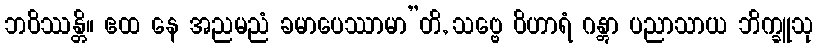
ဘဝိဿန္တိ။ ဧထ နေ အညမညံ ခမာပေဿာမာ”တိ, သဗ္ဗေ ဝိဟာရံ ဂန္တွာ ပညာသာယ ဘိက္ခူသု